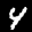
Label: 4